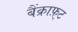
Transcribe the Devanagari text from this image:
बैंक्राफ़्ट